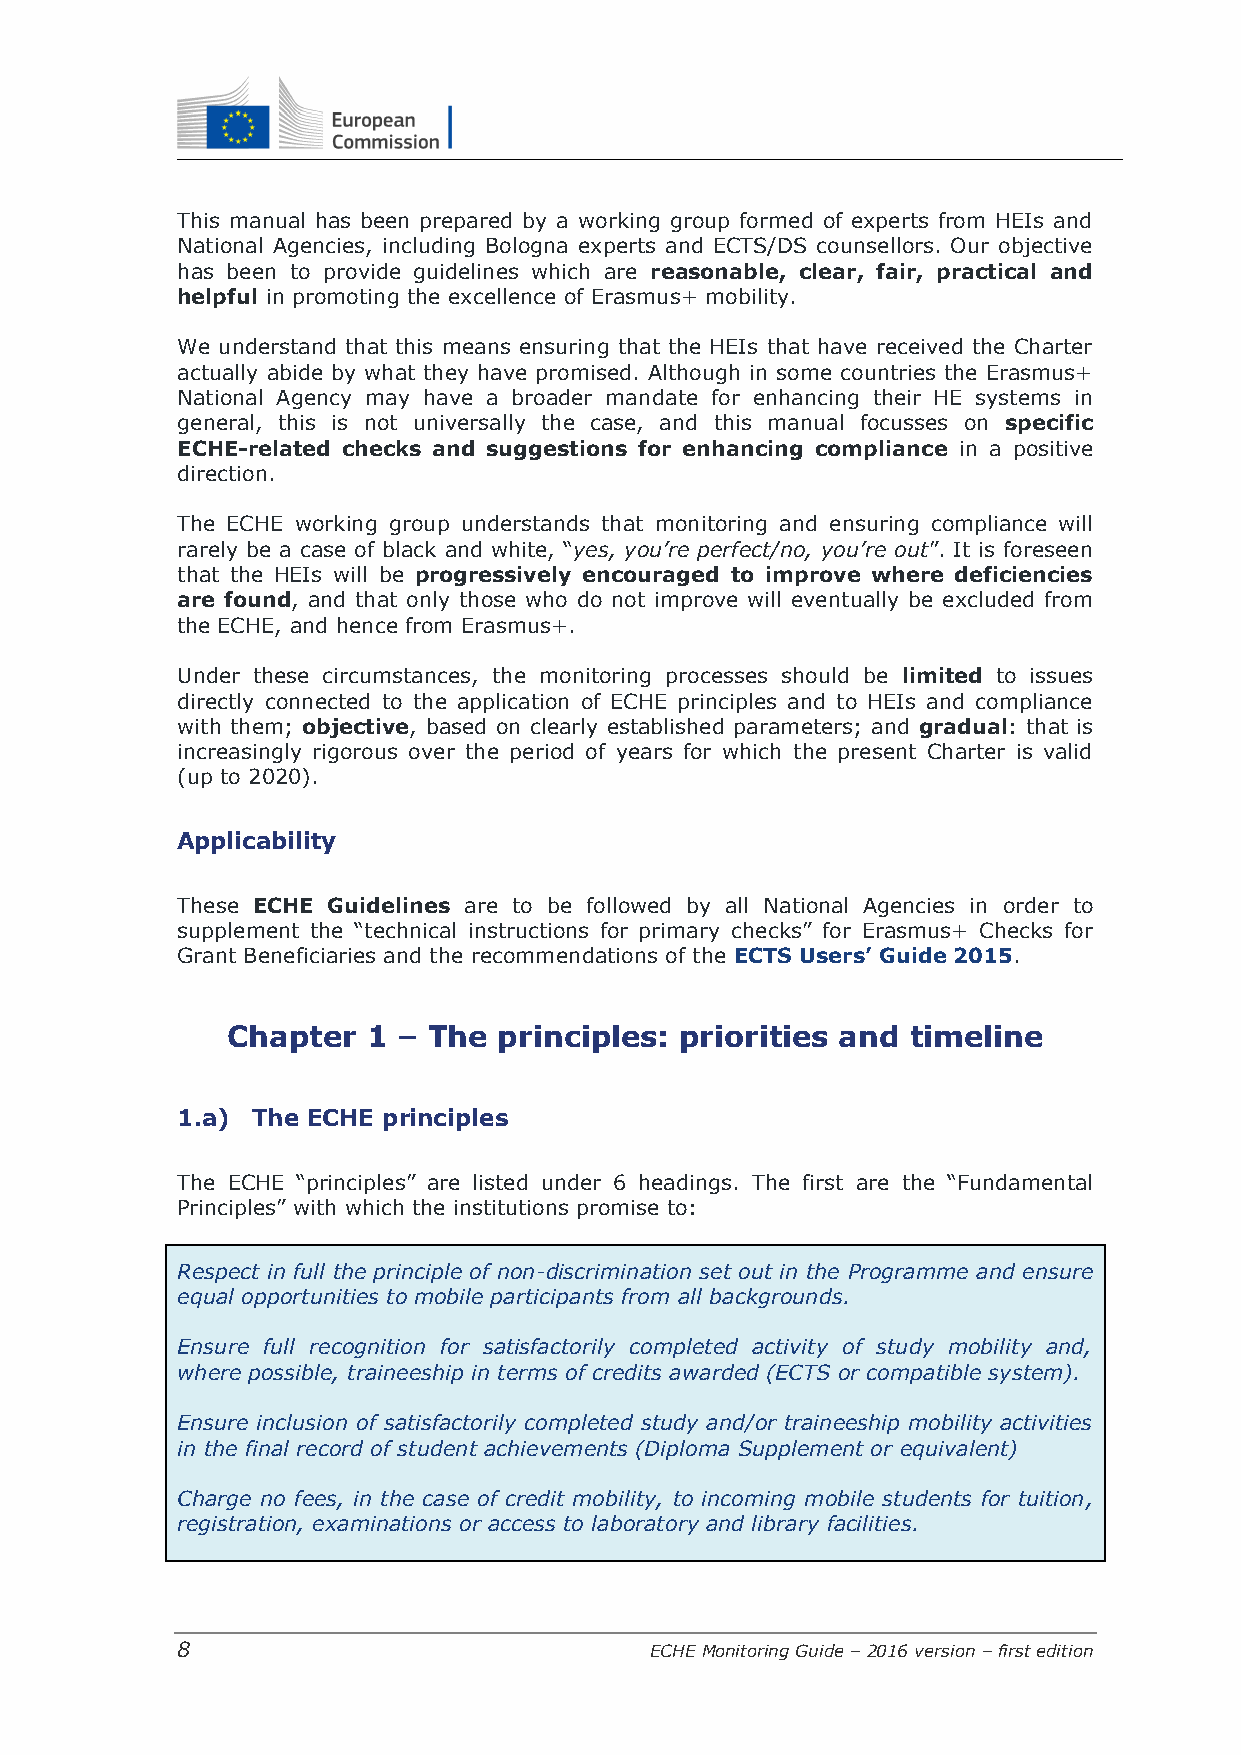
This manual has been prepared by a working group formed of experts from HEIs and
 National Agencies, including Bologna experts and ECTS/DS counsellors. Our objective
 has been to provide guidelines which are reasonable, clear, fair, practical and
 helpful in promoting the excellence of Erasmus+ mobility.
 We understand that this means ensuring that the HEIs that have received the Charter
 actually abide by what they have promised. Although in some countries the Erasmus+
 National Agency may have a broader mandate for enhancing their HE systems in
 general, this is not universally the case, and this manual focusses on specific
 ECHE-related checks and suggestions for enhancing compliance in a positive
 direction.
 The ECHE working group understands that monitoring and ensuring compliance will
 rarely be a case of black and white, “yes, you’re perfect/no, you’re out”. It is foreseen
 that the HEIs will be progressively encouraged to improve where deficiencies
 are found, and that only those who do not improve will eventually be excluded from
 the ECHE, and hence from Erasmus+.
 Under these circumstances, the monitoring processes should be limited to issues
 directly connected to the application of ECHE principles and to HEIs and compliance
 with them; objective, based on clearly established parameters; and gradual: that is
 increasingly rigorous over the period of years for which the present Charter is valid
 (up to 2020).
 Applicability
 These ECHE Guidelines are to be followed by all National Agencies in order to
 supplement the “technical instructions for primary checks” for Erasmus+ Checks for
 Grant Beneficiaries and the recommendations of the ECTS Users’ Guide 2015.
 Chapter  1 – The  principles: priorities and timeline
 1.a) The ECHE principles
 The ECHE “principles” are listed under 6 headings. The first are the “Fundamental
 Principles” with which the institutions promise to:
 Respect in full the principle of non-discrimination set out in the Programme and ensure
 equal opportunities to mobile participants from all backgrounds.
 Ensure full recognition for satisfactorily completed activity of study mobility and,
 where possible, traineeship in terms of credits awarded (ECTS or compatible system).
 Ensure inclusion of satisfactorily completed study and/or traineeship mobility activities
 in the final record of student achievements (Diploma Supplement or equivalent)
 Charge no fees, in the case of credit mobility, to incoming mobile students for tuition,
 registration, examinations or access to laboratory and library facilities.
 8                              ECHE Monitoring Guide – 2016 version – first edition